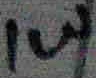
Text: 1W